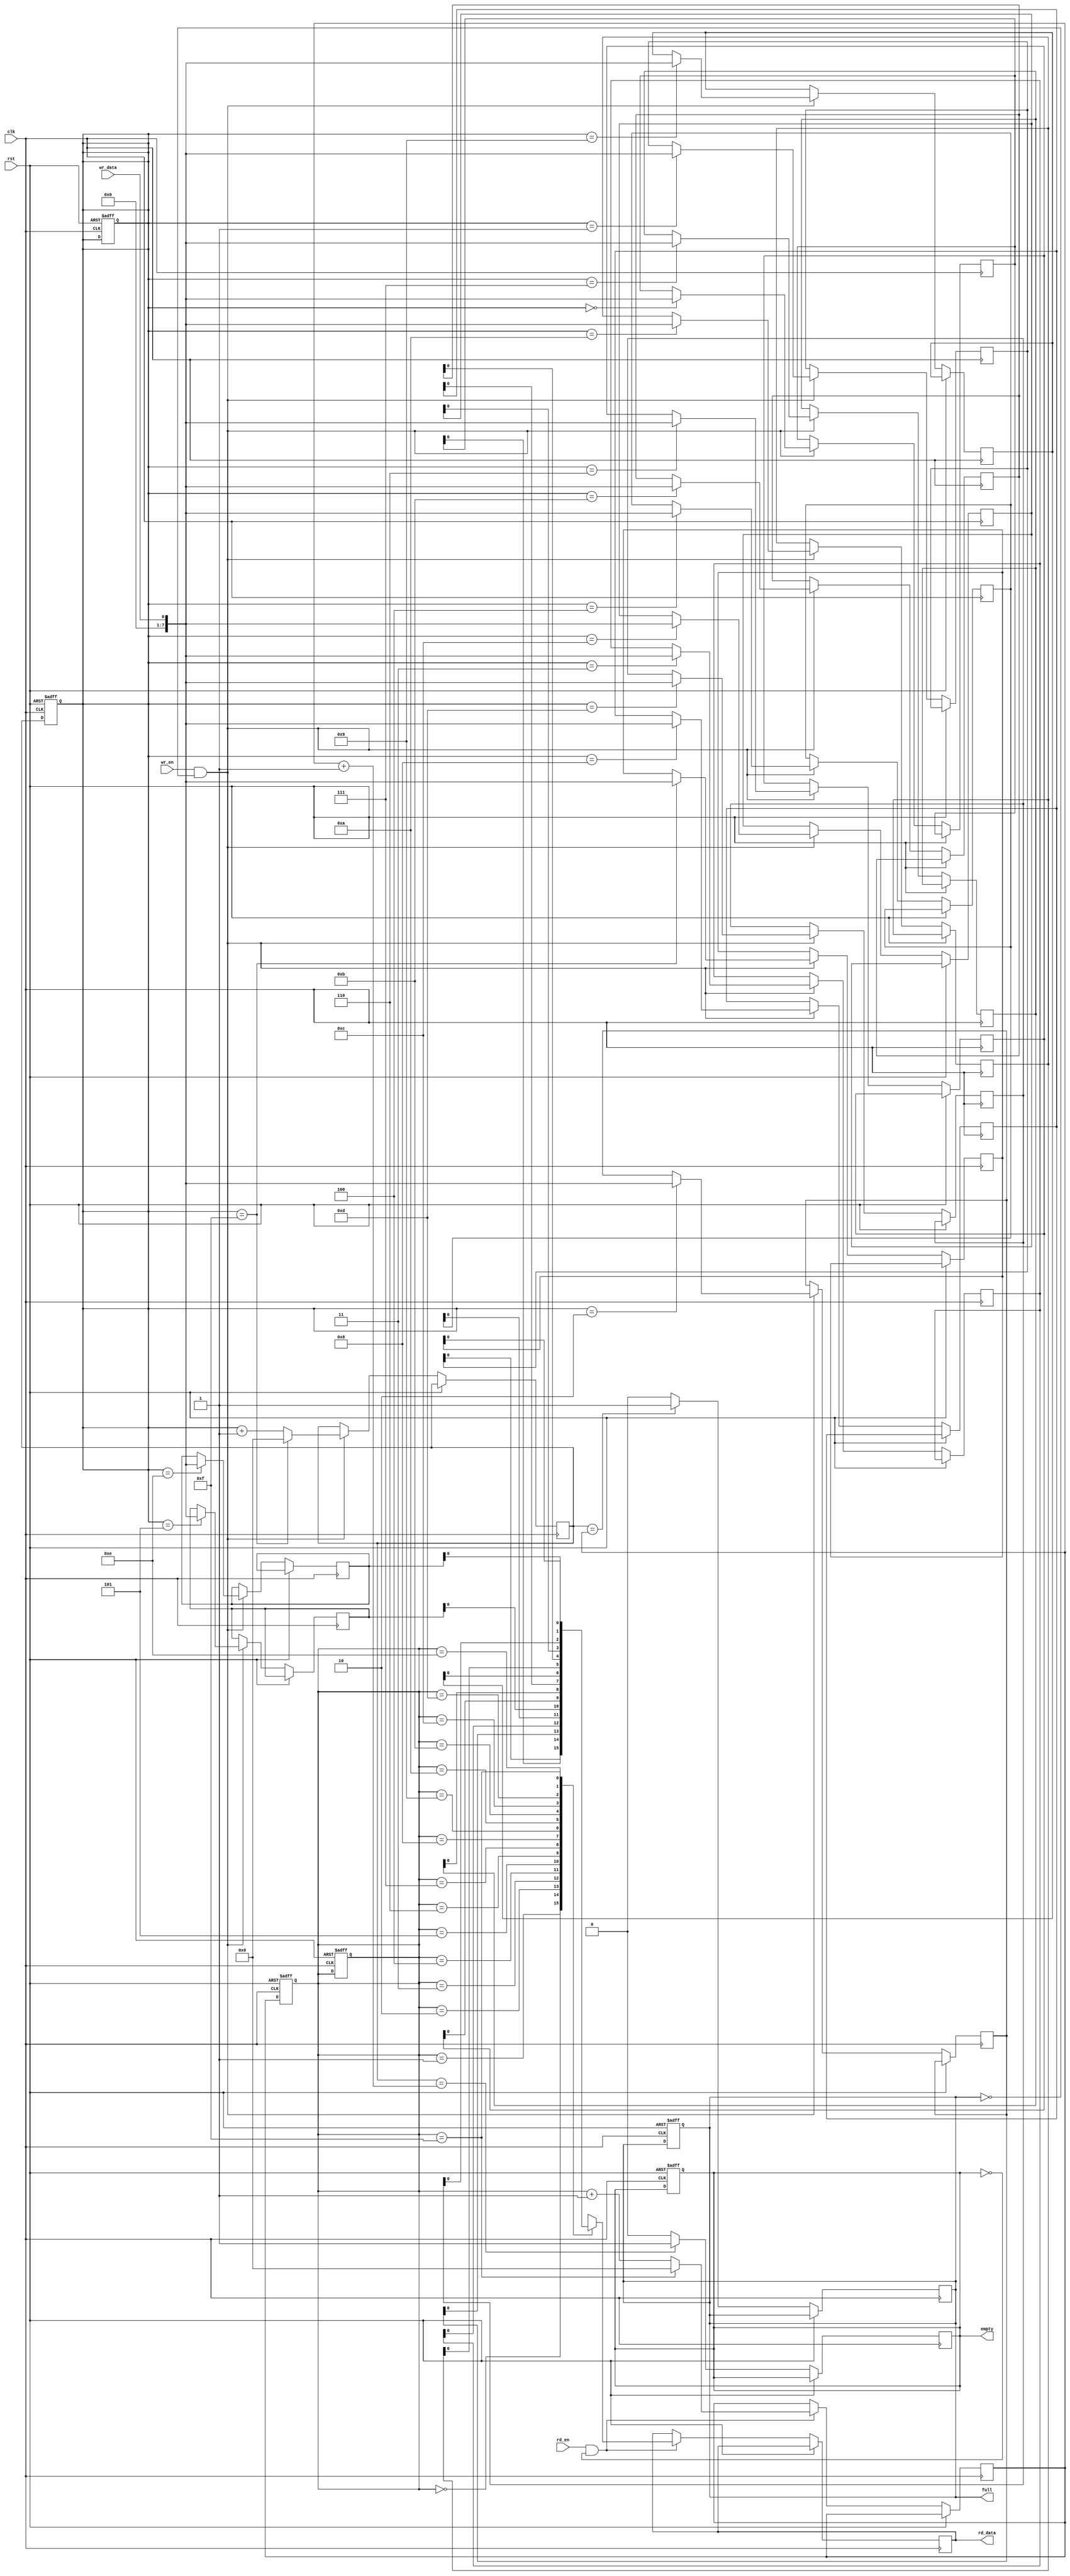
module synchronous_fifo (
    input wire clk,       // System clock input
    input wire rst,       // Reset signal
    input wire wr_en,     // Write enable signal
    input wire rd_en,     // Read enable signal
    input wire wr_data,   // Data input for writing to FIFO
    output reg rd_data,   // Data output read from FIFO
    output reg full,      // Full flag to indicate FIFO is full
    output reg empty      // Empty flag to indicate FIFO is empty
);

parameter FIFO_DEPTH = 16; // Depth of FIFO buffer

reg [7:0] fifo_mem [0:FIFO_DEPTH-1]; // FIFO memory storage

reg [3:0] wr_ptr;  // Write pointer
reg [3:0] rd_ptr;  // Read pointer

reg [3:0] next_wr_ptr; // Next write pointer
reg [3:0] next_rd_ptr; // Next read pointer

always @(posedge clk or posedge rst) begin
    if (rst) begin
        wr_ptr <= 0;
        rd_ptr <= 0;
        full <= 0;
        empty <= 1;
    end else begin
        if (wr_en && !full) begin
            fifo_mem[wr_ptr] <= wr_data;
            next_wr_ptr <= (wr_ptr == FIFO_DEPTH-1) ? 0 : wr_ptr + 1;
        end
        if (rd_en && !empty) begin
            rd_data <= fifo_mem[rd_ptr];
            next_rd_ptr <= (rd_ptr == FIFO_DEPTH-1) ? 0 : rd_ptr + 1;
        end
    end
end

always @(posedge clk or posedge rst) begin
    if (rst) begin
        wr_ptr <= 0;
        rd_ptr <= 0;
    end else begin
        wr_ptr <= next_wr_ptr;
        rd_ptr <= next_rd_ptr;
        full <= (next_wr_ptr == next_rd_ptr) ? 1 : 0;
        empty <= (next_wr_ptr == (next_rd_ptr + 1)) ? 1 : 0;
    end
end

endmodule